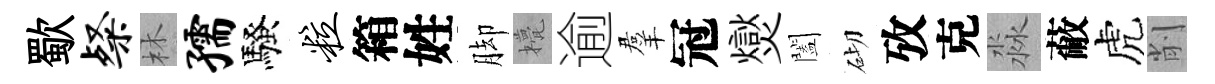
歜粲林孺騷粒箱姓脚甍逾羣冠爕闔砌攷克淼蔽虎削